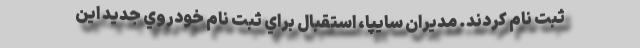
ثبت نام كردند. مديران سايپا، استقبال براي ثبت نام خودروي جديد اين